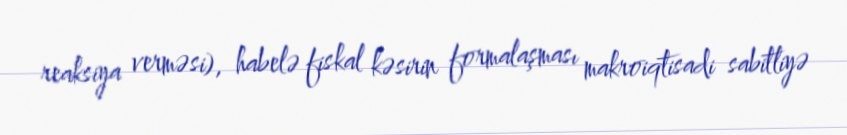
reaksiya verməsi), habelə fiskal kəsirin formalaşması makroiqtisadi sabitliyə